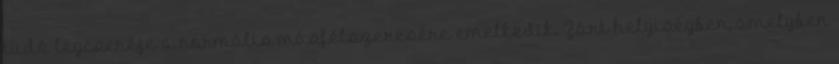
tüdõ légcseréje a normális másfélszeresére emelkedik. Zárt helyiségben, amelyben